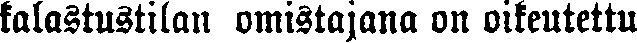
kalastustilan omistajana on oikeutettu